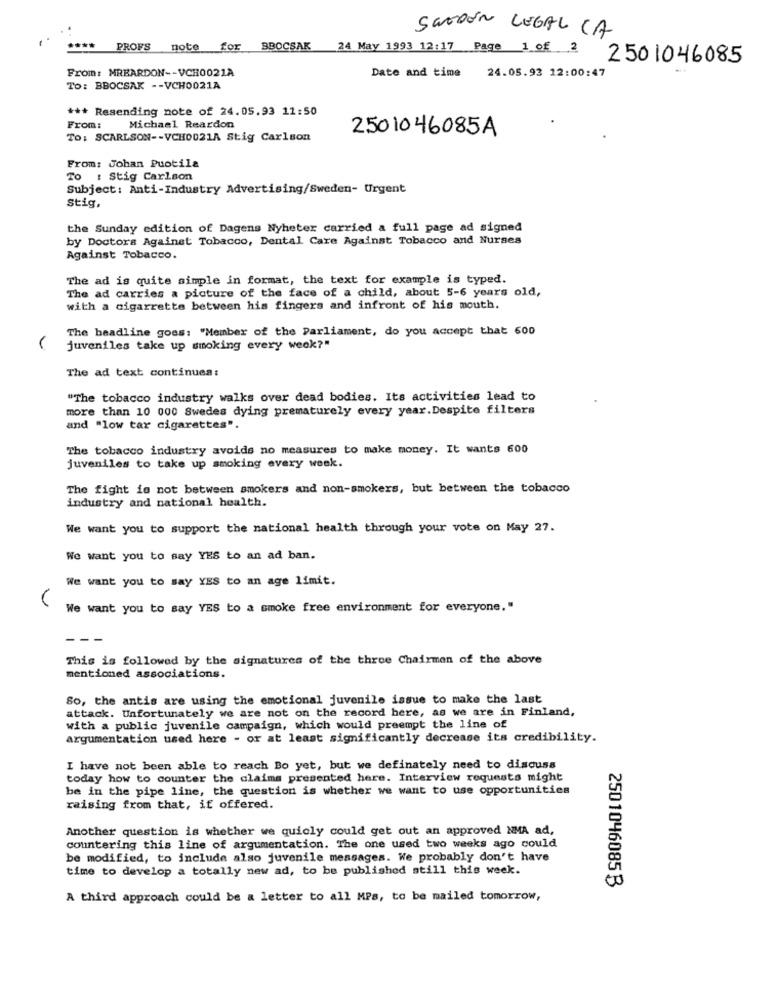
SWEDEN LEGAL CA
***
PROFS
note
for
BBOCSAK
24 May 1993 12:17 Page 1 of 2 2501046085
From: MREARDON -- VCH0021A
Date and time
24.05.93 12:00:47
To: BBOCSAK -- VCH0021A
*** Resending note of 24.05.93 11:50
From:
Michael Reardon
2501046085A
To: SCARLSON -- VCH0021A Stig Carlson
From: Johan Puotila
To : Stig Carlson
Subject: Anti-Industry Advertising/Sweden- Urgent
stig,
the Sunday edition of Dagens Nyheter carried a full page ad signed
by Doctors Against Tobacco, Dental Care Against Tobacco and Nurses
Against Tobacco.
The ad is quite simple in format, the text for example is typed.
The ad carries a picture of the face of a child, about 5-6 years old,
with a cigarrette between his fingers and infront of his mouth.
The headline goes: "Member of the Parliament, do you accept that 600
juveniles take up smoking every week?"
The ad text continues:
"The tobacco industry walks over dead bodies. Its activities lead to
more than 10 000 Swedes dying prematurely every year. Despite filters
and "low tar cigarettes".
The tobacco industry avoids no measures to make money. It wants 600
juveniles to take up smoking every week.
The fight is not between smokers and non-smokers, but between the tobacco
industry and national health.
We want you to support the national health through your vote on May 27.
We want you to say YES to an ad ban.
We want you to say YES to an age limit.
We want you to say YES to a smoke free environment for everyone."
This is followed by the signatures of the three Chairman of the above
mentioned associations.
So, the antis are using the emotional juvenile issue to make the last
attack. Unfortunately we are not on the record here, as we are in Finland,
with a public juvenile campaign, which would preempt the line of
argumentation used here - or at least significantly decrease its credibility.
I have not been able to reach Bo yet, but we definately need to discuss
today how to counter the claims presented here. Interview requests might
be in the pipe line, the question is whether we want to use opportunities
raising from that, if offered.
Another question is whether we quicly could get out an approved NMA ad,
countering this line of argumentation. The one used two weeks ago could
be modified, to include also juvenile messages. We probably don't have
time to develop a totally new ad, to be published still this week.
2501046085 3
A third approach could be a letter to all MPs, to be mailed tomorrow,